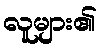
လူများ၏